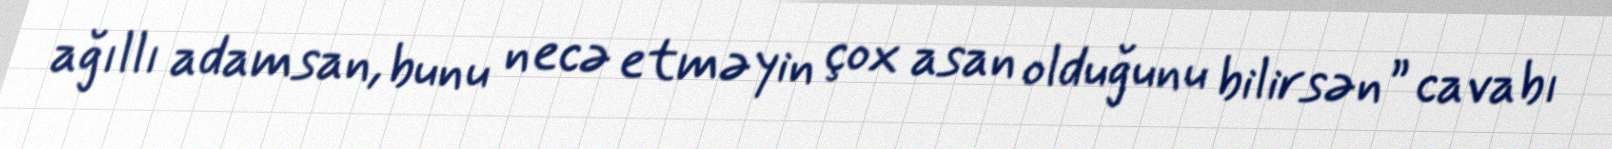
ağıllı adamsan, bunu necə etməyin çox asan olduğunu bilirsən” cavabı